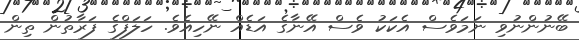
ބޭނުންނުވި ނަމަވެސް އެކަކު ވެސް އޭނާގެ އަޑެއް ނޭހިއެވެ. ހަލަފްގެ ފަރާތުން ތިން